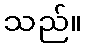
သည်။